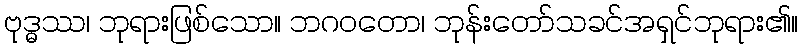
ဗုဒ္ဓဿ၊ ဘုရားဖြစ်သော။ ဘဂဝတော၊ ဘုန်းတော်သခင်အရှင်ဘုရား၏။